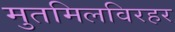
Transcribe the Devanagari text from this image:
मुतमिलविरहर